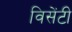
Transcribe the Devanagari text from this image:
विसेंटी